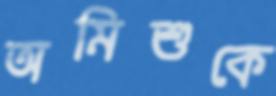
অমিশুকে